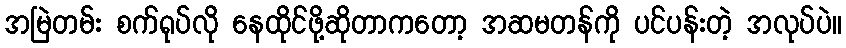
အမြဲတမ်း စက်ရုပ်လို နေထိုင်ဖို့ဆိုတာကတော့ အဆမတန်ကို ပင်ပန်းတဲ့ အလုပ်ပဲ။